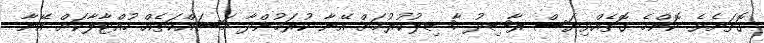
ގޮތަށެވެ. ކޮންމެ ގޮތެއްވިޔަސް ރާޝިދު ހާޞިލުކުރުމަށް އޭނާ ކުރަމުންދާ މަސައްކަތެއް ހުއްޓާލާކަށް އޭނާ